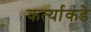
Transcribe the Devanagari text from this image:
कर्त्याकडे